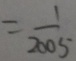
= \frac { 1 } { 2 0 0 5 }